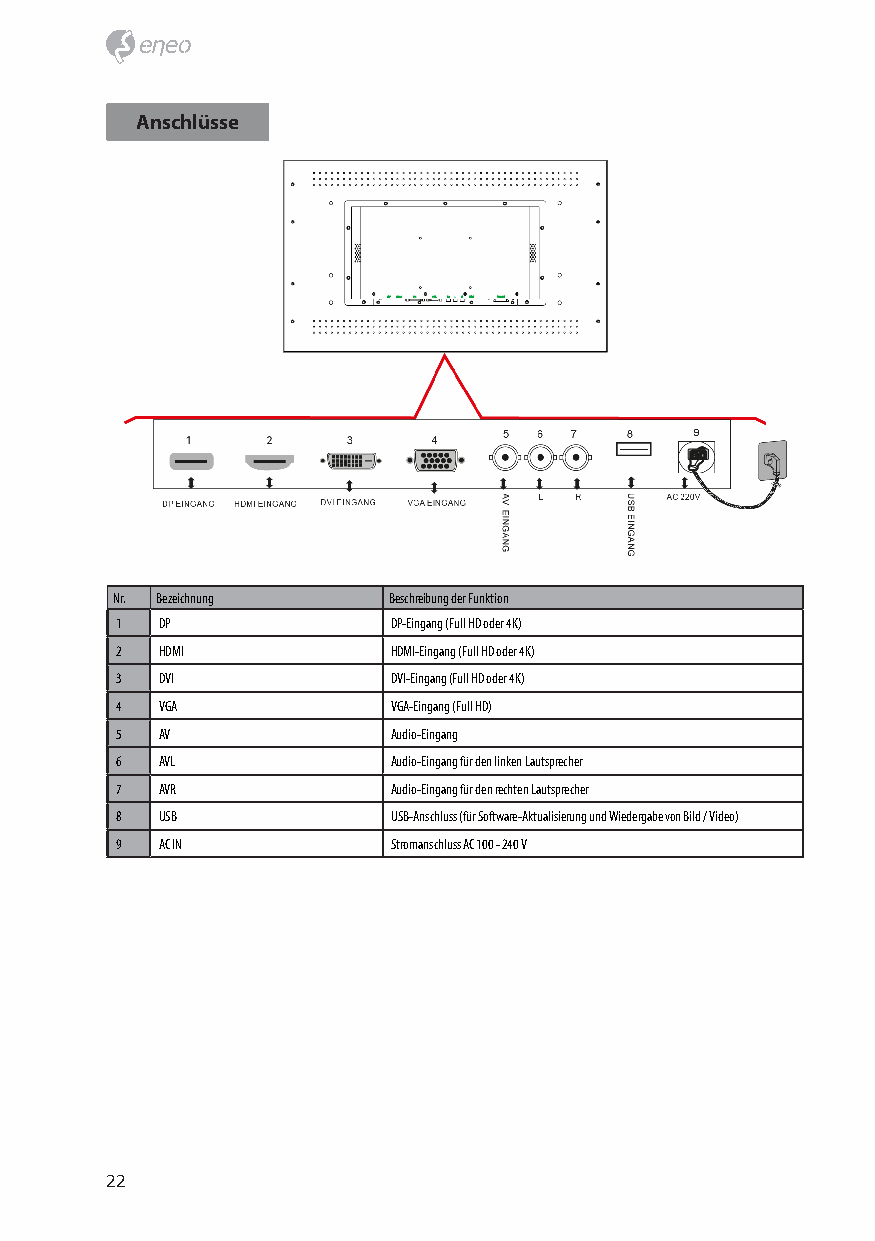
Anschlüsse
 Nr. Bezeichnung    Beschreibung der Funktion
 1 DP              DP-Eingang (Full HD oder 4K)
 2 HDMI            HDMI-Eingang (Full HD oder 4K)
 3 DVI             DVI-Eingang (Full HD oder 4K)
 4 VGA             VGA-Eingang (Full HD)
 5 AV              Audio-Eingang
 6 AVL             Audio-Eingang für den linken Lautsprecher
 7 AVR             Audio-Eingang für den rechten Lautsprecher
 8 USB             USB-Anschluss (für Software-Aktualisierung und Wiedergabe von Bild / Video)
 9 AC IN           Stromanschluss AC 100 - 240 V
 22